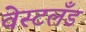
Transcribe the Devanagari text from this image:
वेस्टलँड